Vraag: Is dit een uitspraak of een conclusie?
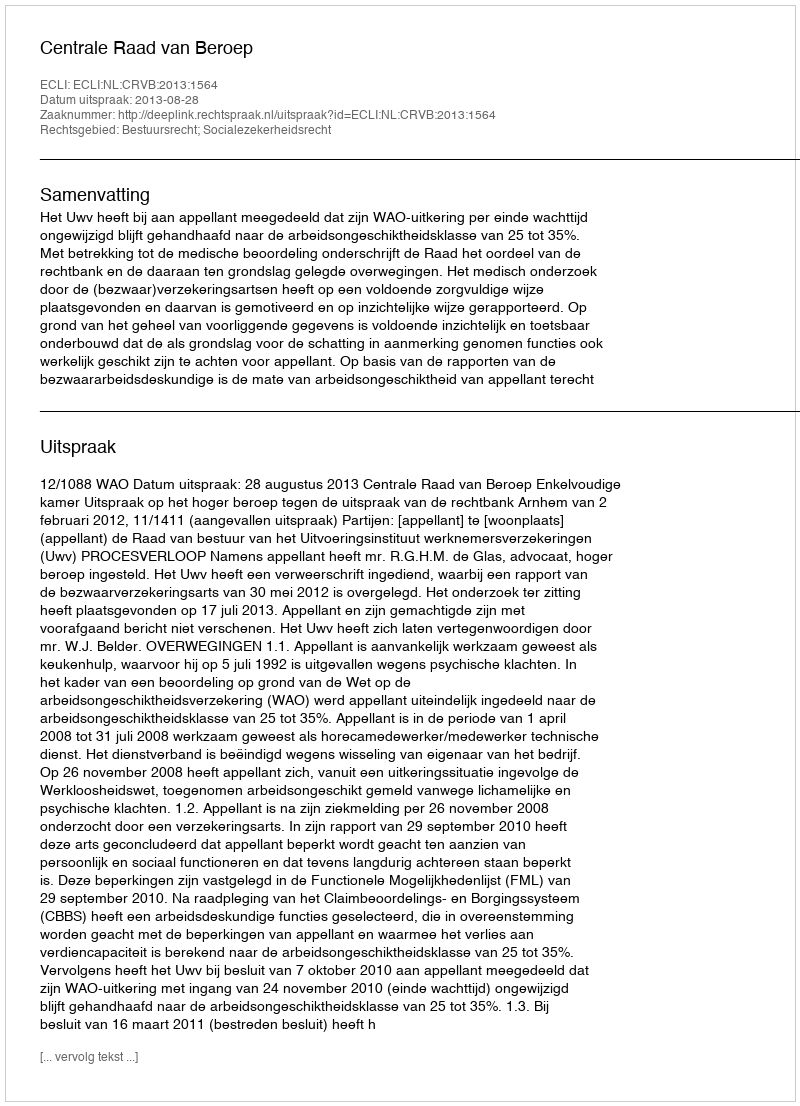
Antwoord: Uitspraak